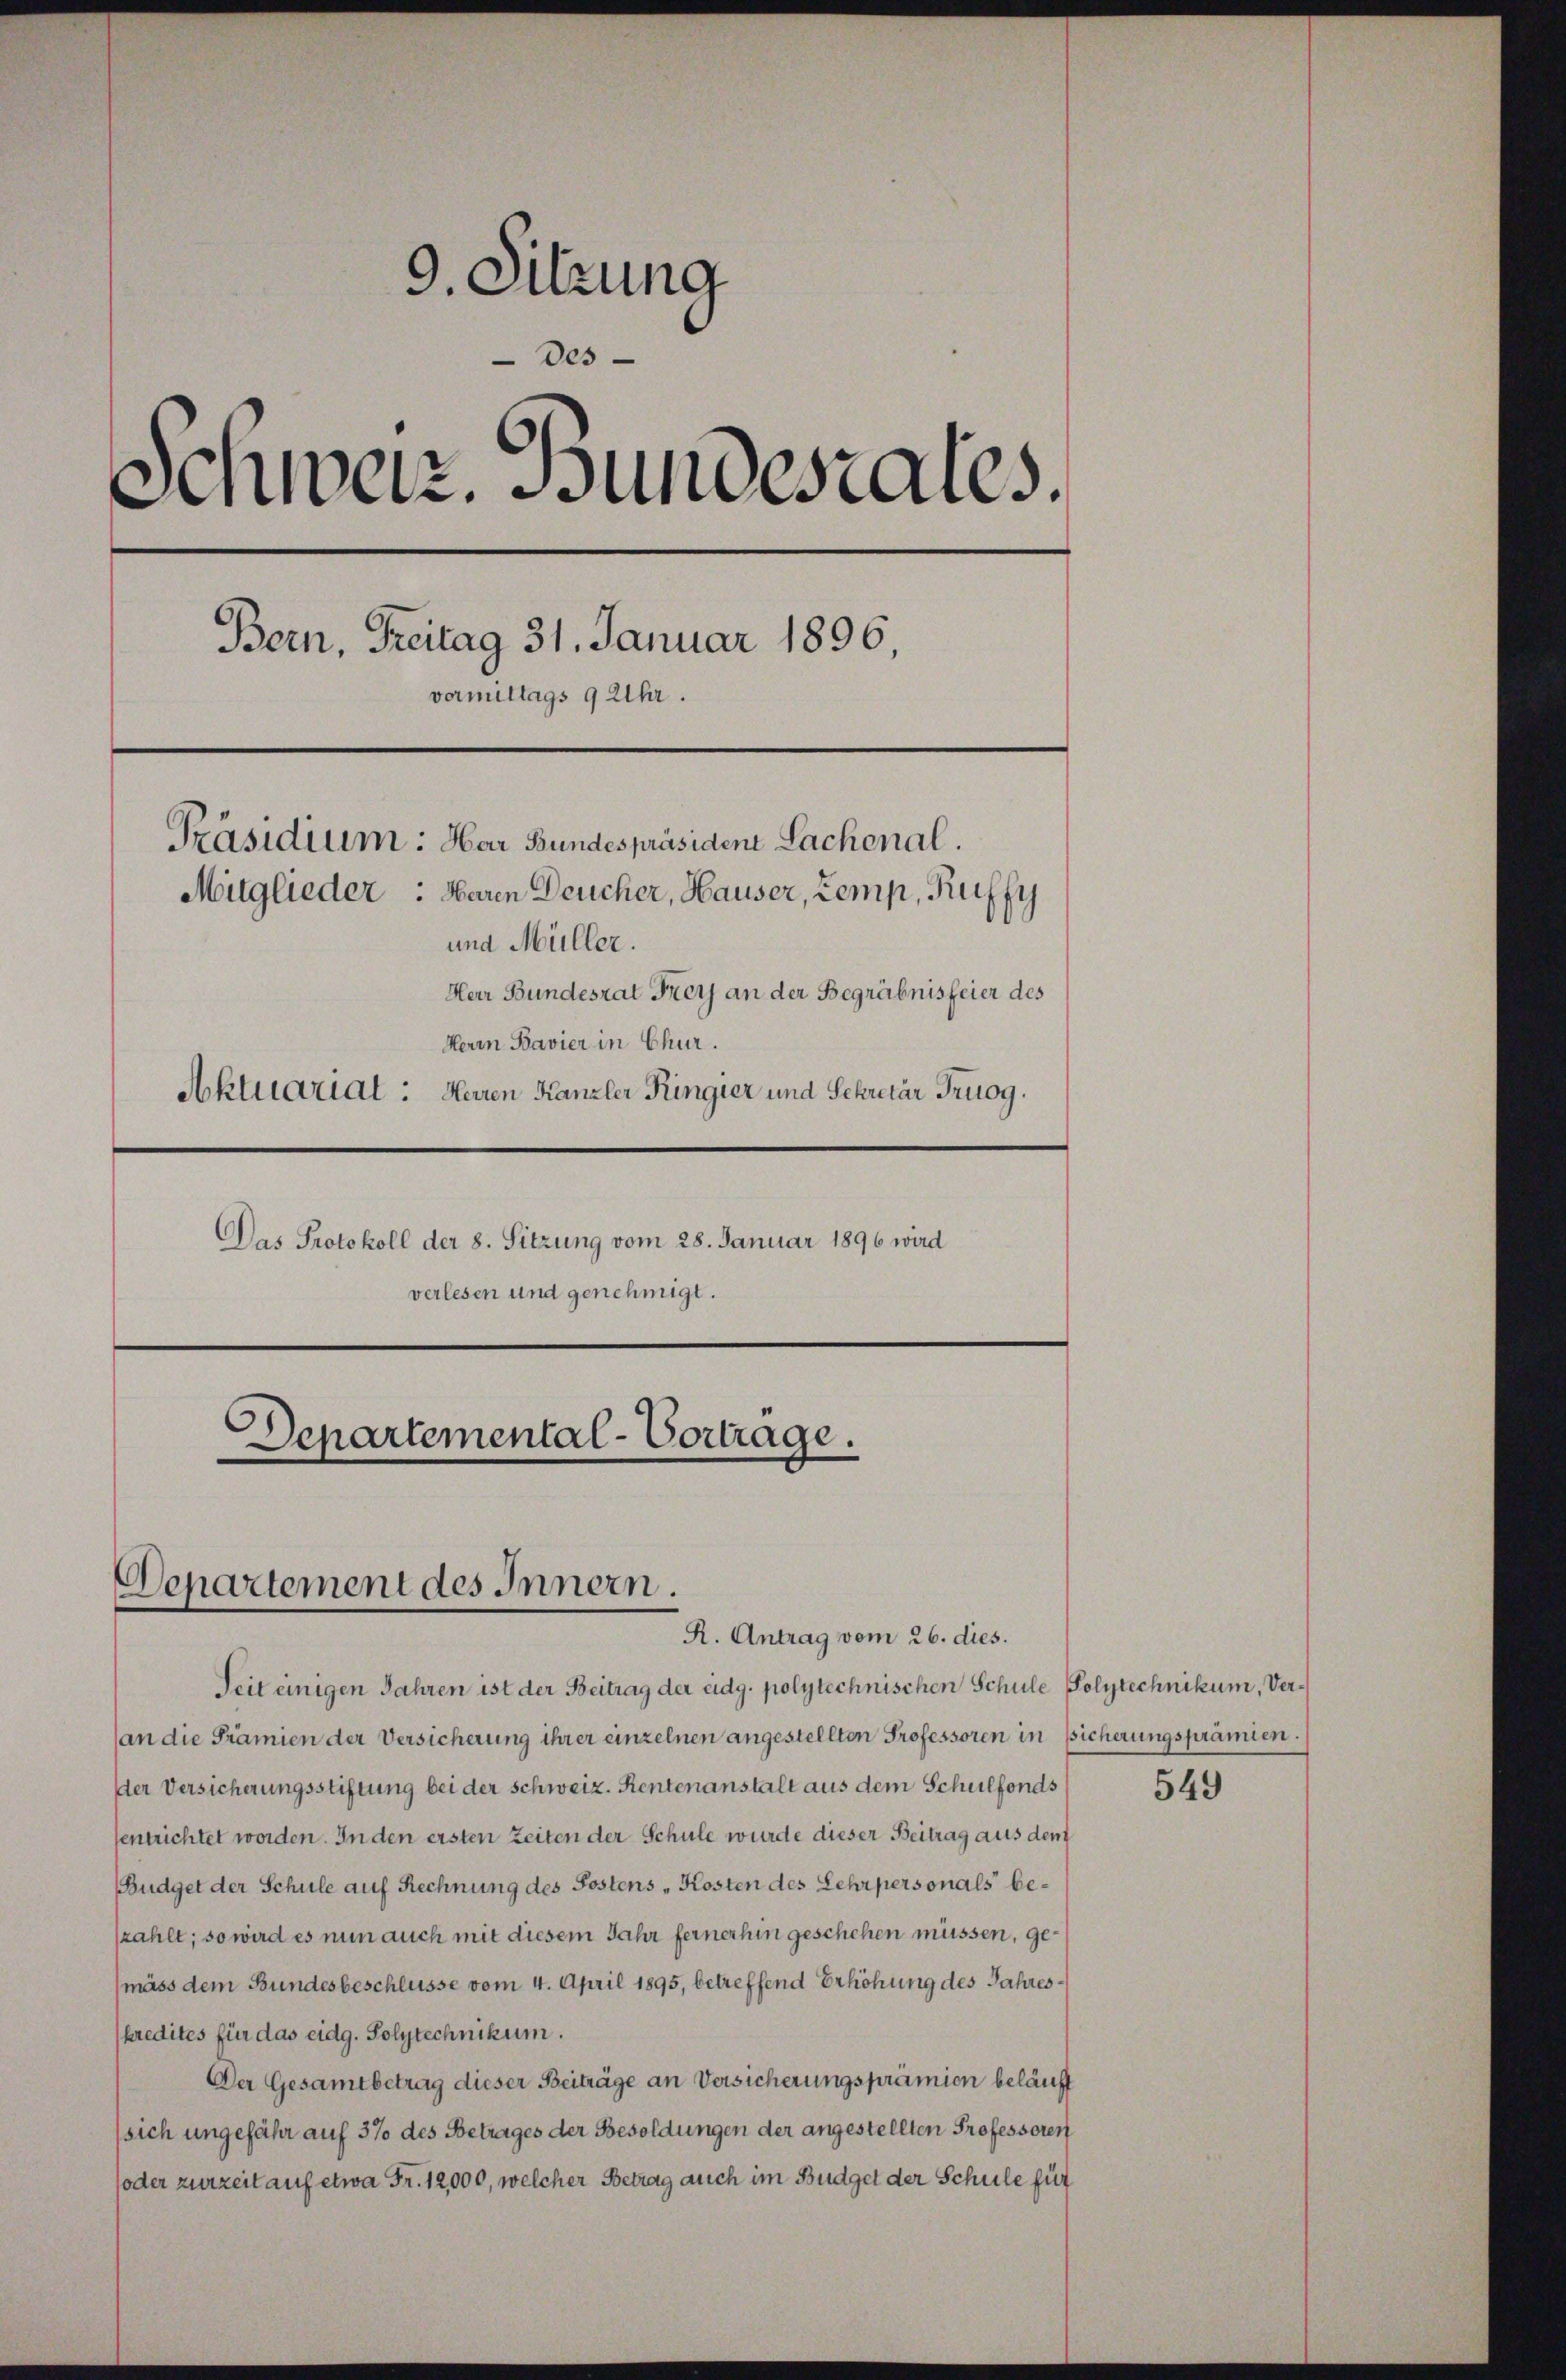
9. Sitzung
Des
Schweiz. Bundesrates.
Bern, Freitag 31. Januar 1896.
vermittags 9 Uhr.
Präsidium: Har Bundespräsident Sachenal.
Mitglieder : Waren Deucher, Hauser, Zemp, Ruffy
und Müller.
Herr Bundesrat Frey an der Begräbnisfeier des
Herrn Bavier in Chur.
Aktuarial: Herren Kanzler Ringier und Sekretär Truog.
Das Protokoll der 8. Sitzung vom 28. Januar 1896 wird
verlesen und genehmigt.

Departemental-Vortrage.
Departement des Innern.
R. Antrag vom 26. dies.

Seit einigen Jahren ist der Beitrag der eidg. polytechnischen Schule Polytechnikum, Ver¬
(an die Prämien der Versicherung ihrer einzelnen angestellten Professoren in sicherungsprämien.
Der Versicherungsstiftung bei der Schweiz. Rentenanstalt aus dem Schulfonds
senrichtet worden. In den ersten Zeiten der Schule wurde dieser Beitrag aus dem
(Budget der Schule auf Rechnung des Postens Kosten des Lehrpersonals beszahlt; so wird es nun auch mit diesem Jahr fernerhin geschehen müssen, gemäss dem Bundesbeschlüsse vom 4. April 1895, betreffend Erhöhung des Jahreskredites für das eidg. Polytechnikum.
Der Gesamtbetrag dieser Beiträge an Versicherungsprämien beläuft
sich ungefähr auf 37 des Betrages der Besoldungen der angestellten Professoren
(oder zurzeit auf etwa Fr. 12,000, welcher Betrag auch im Büdget der Schule für

549